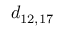
d _ { 1 2 , 1 7 }